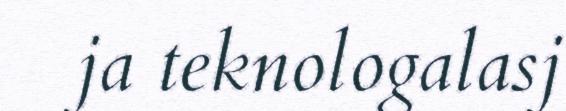
ja teknologalasj